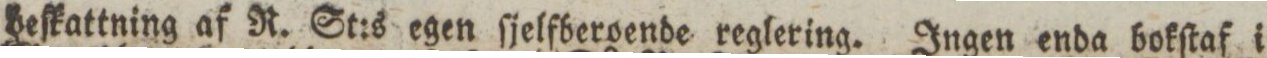
beſkattning af R. St:s egen ſjelfberoende reglering. Ingen enda bokſtaf i